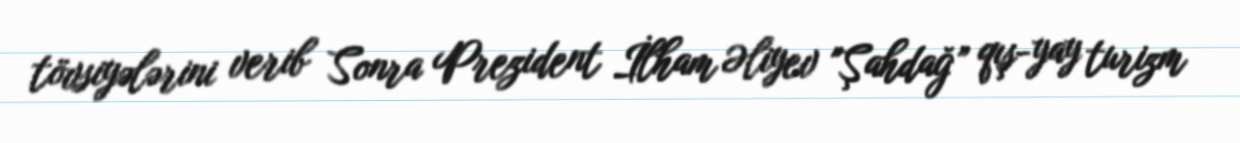
tövsiyələrini verib Sonra Prezident İlham Əliyev "Şahdağ” qış-yay turizm